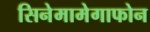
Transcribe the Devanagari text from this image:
सिनेमामेगाफोन